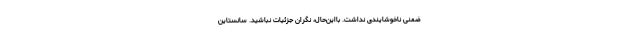
ضمنی ناخوشایندی نداشت. با‌این‌حال، نگران جزئیات نباشید. سانستاین